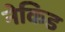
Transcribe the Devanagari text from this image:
नेकिड